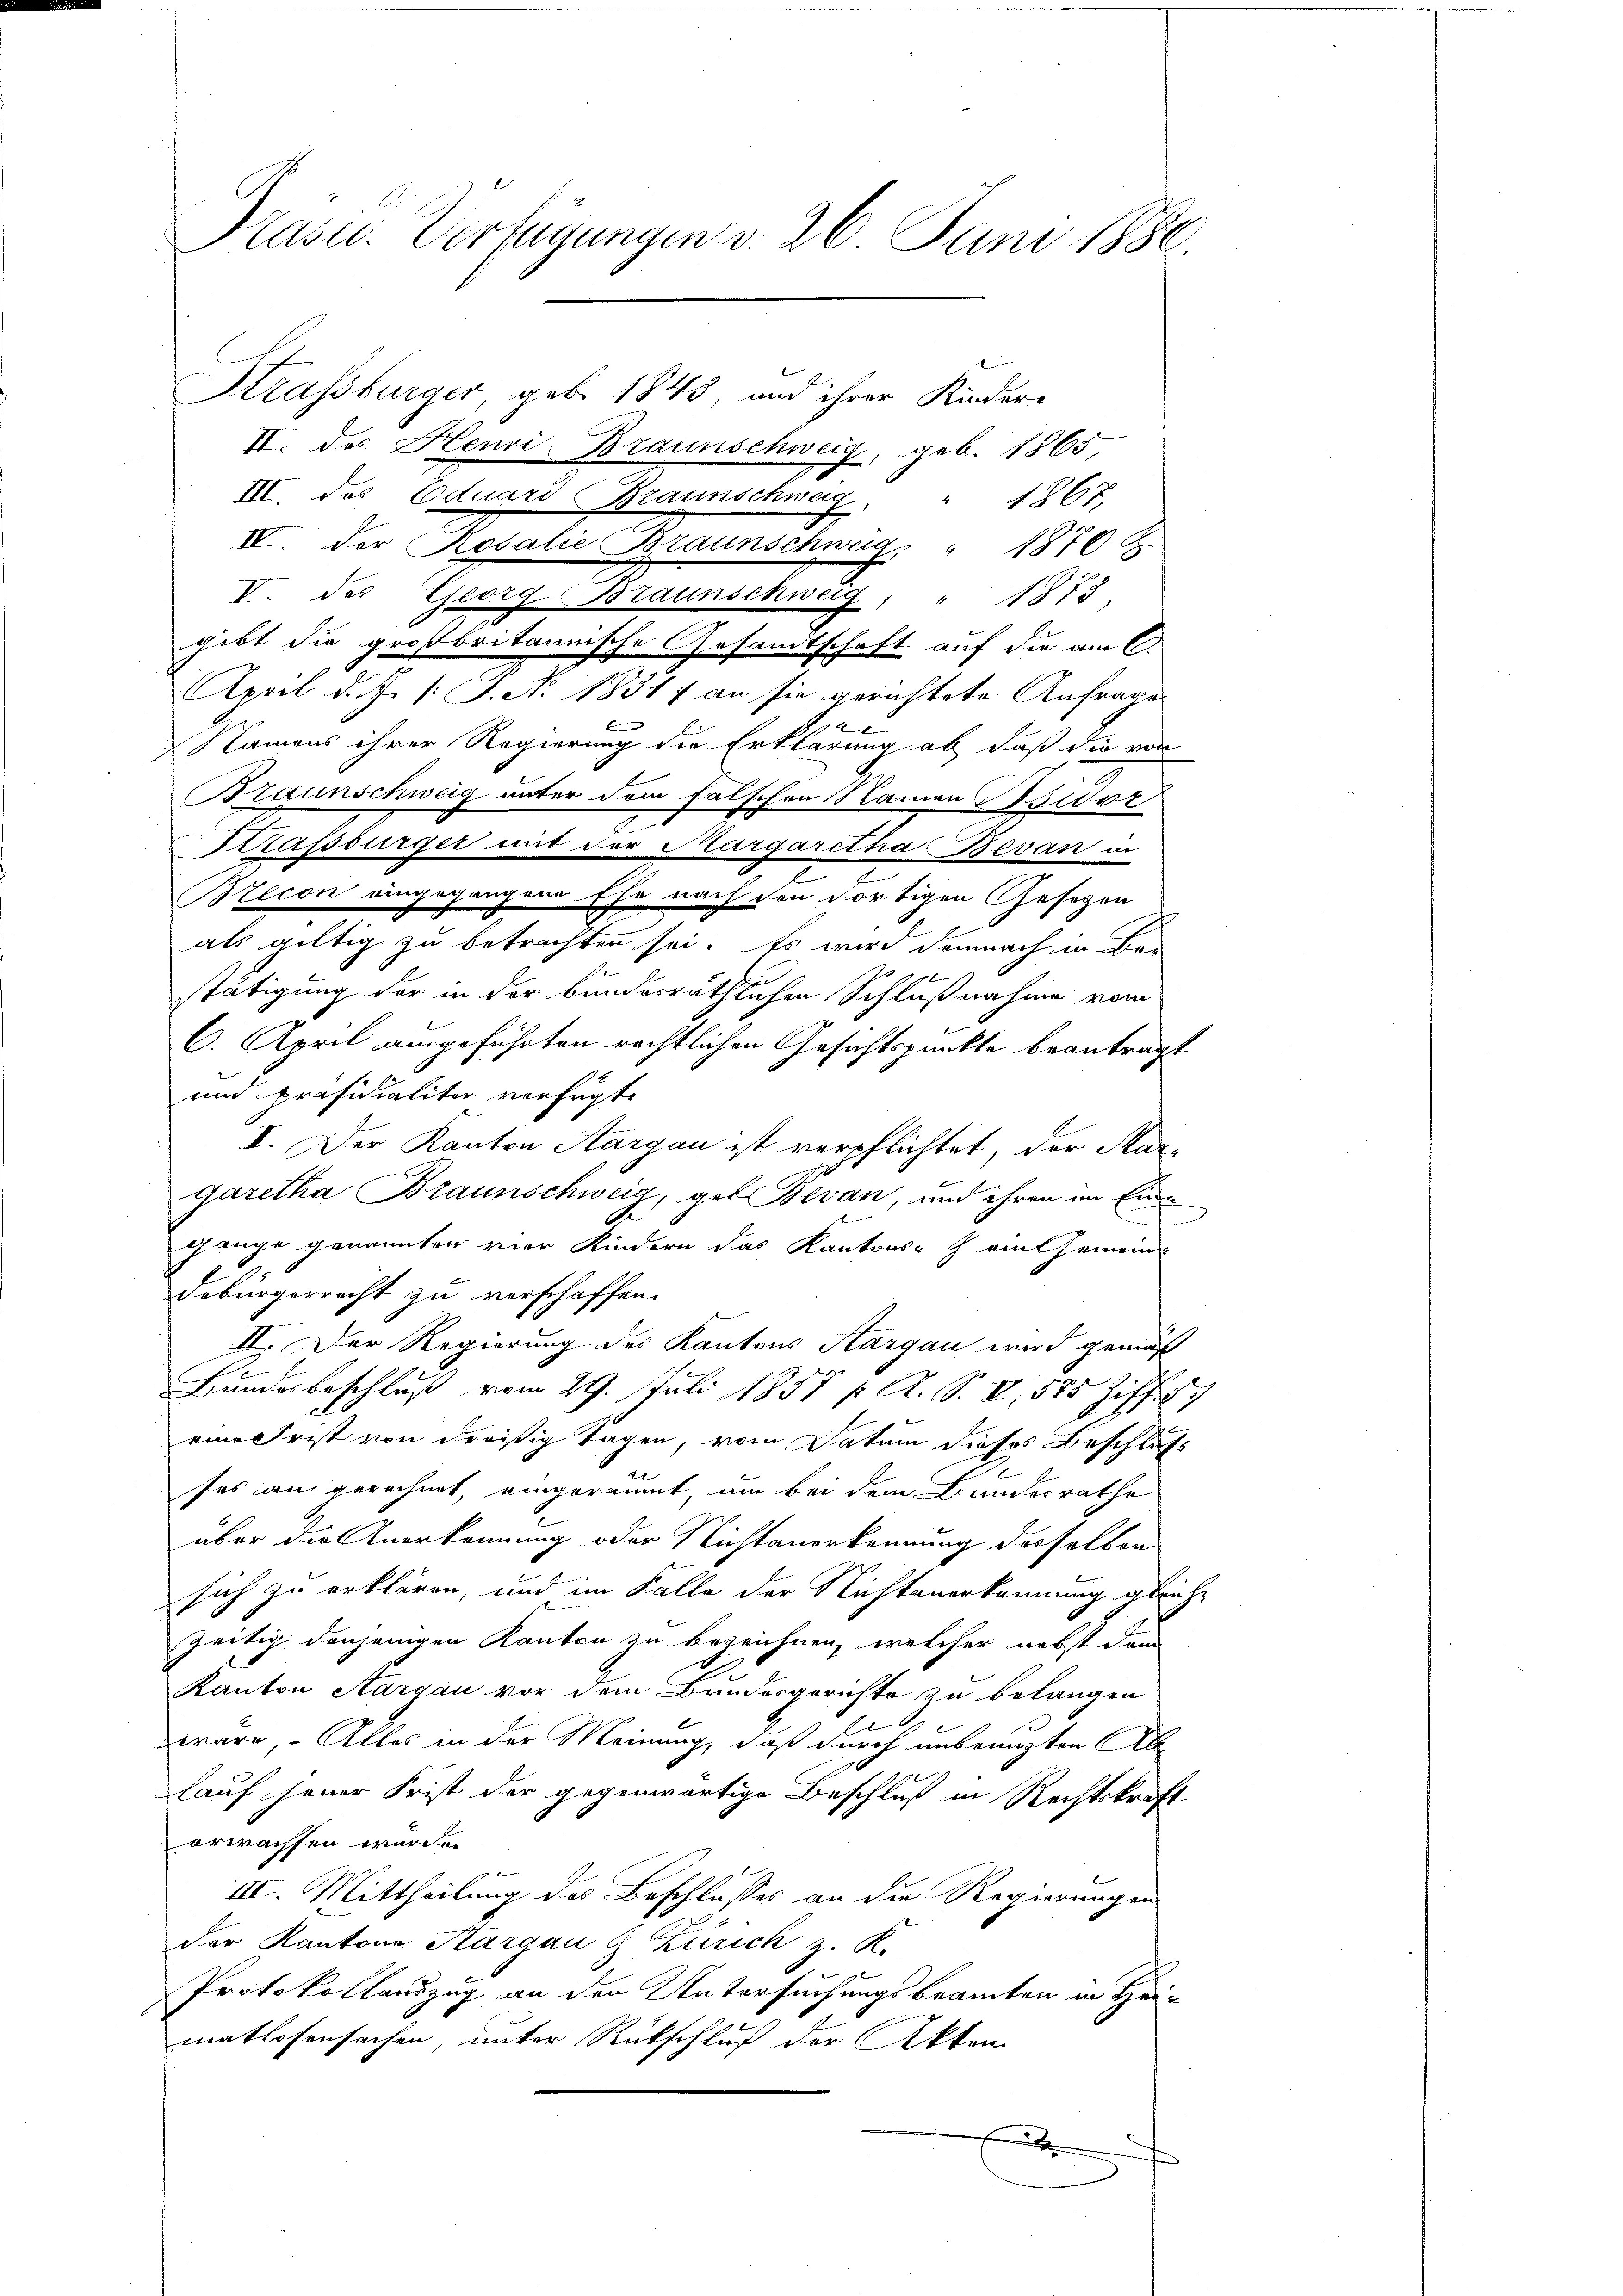
Präsid.. Verfügungen v. 26. Juni 1880.

Strassburger, geb. 1843, und ihrer Kindere
II. des Henri Braunschweig, geb. 1865,
III. des Eduard Braunschweg, " 1867,
IV. Der Rosalie Braunschwug " 1870 k
D. der Gerich Menschutz     1813.
gibt die großbritannische Gesandtschaft auf die am 6.
April d. J. /: J. No. 1831 an sie gerichtete Anfrage
xx
Namens ihrer Regierung die Erklärung ab, daß die von
Braunschweig unter dem falschen Namen Bridor
Strassburger mit der Margaretha Bevan in
Bricon eingegangene Ehe nach den dortigen Gesogen
als gültig zu betrichten sei. Es wird demnach in Ber
stätigung der in der bundesräthlichen Schlußnahme vom
6. April ausgeführten rechtlichen Gesichtspunkte beantragt
und Präsidialiter verfügt:
I. Der Kanton Aargau ist verpflichtet, der Mar-
garetha Braunschweig, geb. Bevan, und ihren im Eingange genannten vier Kindern das Kantons ein Gemein
debürgerrecht zu verschaffen.
II. Der Regierung des Kantons Aargau wird gemäß
Bundesbeschluß vom 29. Juli 1857 f. A. S. V, 585 Ziff.
eine Frist von dreißig Tagen, vom Datum dieses Beschluss
sas an gerechnet, eingeräumt, um bei dem Bundesrathe
über die Anerkennung oder Nichtanerkennung desselben
sich zu erklären, und im Falle der Nichtanerkennung gleiche
zeitig denjenigen Kanton zu bezeichnen, welcher nebst dann
Kanton Aargau vor dem Bundesgerichte zu belangen
wäre, – Alles in der Meinung, daß durch unbenuzten Ab
lauf jener Frist der gegenwärtige Beschluß in Rechtskraft
erwachsen wurde.
III. Mittheilung des Beschlusses an die Regierungen
der Kantone Aargau & Zürich z. K.
Protokollauszug an den Untersuchungsbeamten in Hei-
matlosensachen, unter Rückschluß der Akten